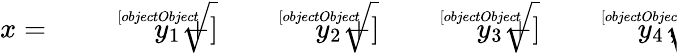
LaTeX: x={\sqrt[[objectObject]]{y_{1}}}+{\sqrt[[objectObject]]{y_{2}}}+{\sqrt[[objectObject]]{y_{3}}}+{\sqrt[[objectObject]]{y_{4}}}\, ,